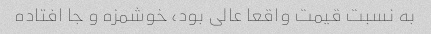
به نسبت قیمت واقعا عالی بود، خوشمزه و جا افتاده